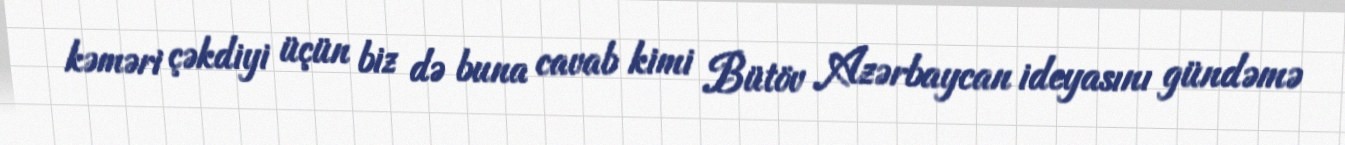
kəməri çəkdiyi üçün biz də buna cavab kimi Bütöv Azərbaycan ideyasını gündəmə